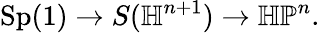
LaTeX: {\mathrm{Sp}}(1)\to S(\mathbb{H}^{n+1})\to\mathbb{HP}^{n}.